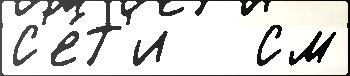
с'е́т'и   см